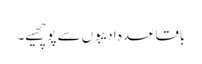
باقاعدہ ادیبوں سے پوچھیے۔